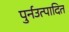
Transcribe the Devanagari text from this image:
पुर्नउत्पादित